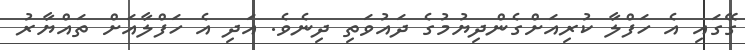
ގޭގައި އެ ހަފްލާ ކުރިއަށްގެންދިޔުުމުގެ ދައުވަތި ދިނެވެ. އަދި އެ ހަފްލާއަށް ތައްޔާރު